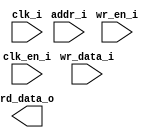
/*******************************************************************************
    Verilog netlist generated by IPGEN Radiant
    Soft IP Version: 1.0.0
    Fri Jun 08 13:33:54 2018
*******************************************************************************/
/*******************************************************************************
    Wrapper Module generated per user settings.
*******************************************************************************/
module rom_himax_cfg_qvga_fixed_maxfps (clk_i, clk_en_i, wr_en_i, wr_data_i,
    addr_i, rd_data_o)/* synthesis syn_black_box syn_declare_black_box=1 */;
    input  clk_i;
    input  clk_en_i;
    input  wr_en_i;
    input  [15:0]  wr_data_i;
    input  [7:0]  addr_i;
    output  [15:0]  rd_data_o;
endmodule